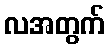
လအတွက်